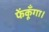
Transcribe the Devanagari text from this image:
फेंकूँगा।